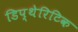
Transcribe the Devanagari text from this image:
डिप्थेरिटिक